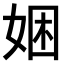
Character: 𫰯